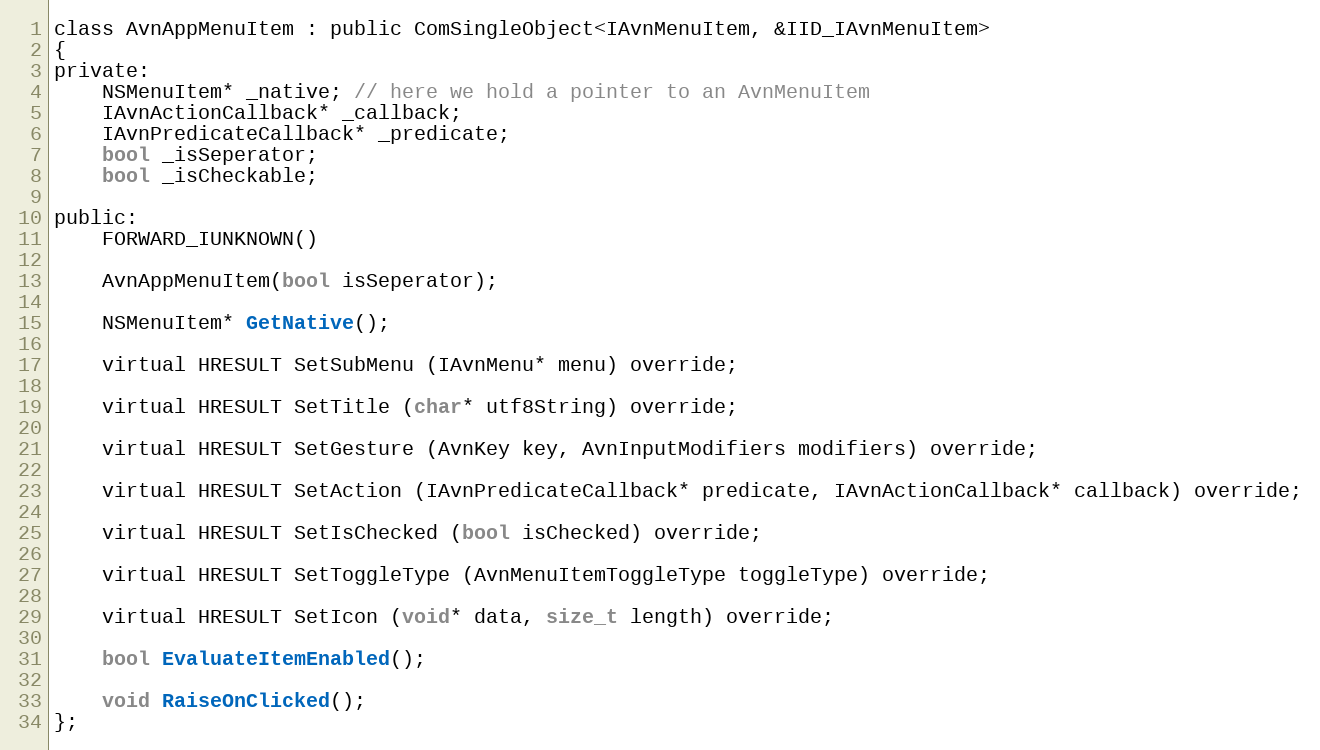
Language: C
class AvnAppMenuItem : public ComSingleObject<IAvnMenuItem, &IID_IAvnMenuItem>
{
private:
    NSMenuItem* _native; // here we hold a pointer to an AvnMenuItem
    IAvnActionCallback* _callback;
    IAvnPredicateCallback* _predicate;
    bool _isSeperator;
    bool _isCheckable;

public:
    FORWARD_IUNKNOWN()

    AvnAppMenuItem(bool isSeperator);

    NSMenuItem* GetNative();

    virtual HRESULT SetSubMenu (IAvnMenu* menu) override;

    virtual HRESULT SetTitle (char* utf8String) override;

    virtual HRESULT SetGesture (AvnKey key, AvnInputModifiers modifiers) override;

    virtual HRESULT SetAction (IAvnPredicateCallback* predicate, IAvnActionCallback* callback) override;

    virtual HRESULT SetIsChecked (bool isChecked) override;

    virtual HRESULT SetToggleType (AvnMenuItemToggleType toggleType) override;

    virtual HRESULT SetIcon (void* data, size_t length) override;

    bool EvaluateItemEnabled();

    void RaiseOnClicked();
};